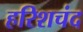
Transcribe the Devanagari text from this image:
हरिशचंद